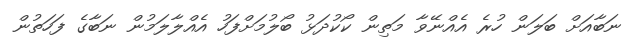
ނަބާއަށް ބަލަން ހުރެ އެއްނޭވާ މަތިން ކޯކުދަޅު ބޯލުމަށްފަހު އެއްލާލަމުން ނަބާގެ ފަހަތުން